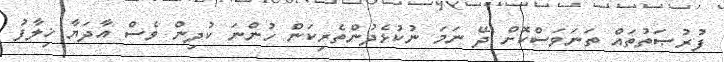
ފުރުޞަތުތައް ތަނަވަސްކޮށް ދޭ ނަމަ ނުކުޅެދުންތެރިކަން ހުންނަ ކުދިން ވެސް އާދަޔާ ޚިލާފު